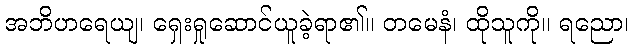
အဘိဟရေယျ၊ ရှေးရှုဆောင်ယူခဲ့ရာ၏။ တမေနံ၊ ထိုသူကို။ ရညော၊